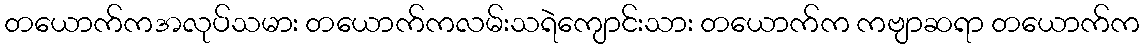
တယောက်ကအလုပ်သမား တယောက်ကလမ်းသရဲကျောင်းသား တယောက်က ကဗျာဆရာ တယောက်က